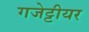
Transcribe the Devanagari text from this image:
गजेट्टीयर